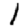
Digit: 1